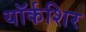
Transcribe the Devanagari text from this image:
यॉर्कशिर